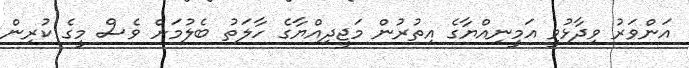
އަންވަރު ވިދާޅުވީ އަމީނިއްޔާގެ އިތުރުން މަޖީދިއްޔާގެ ހާލަތު ބެލުމަށް ވެސް މީގެ ކުރިން